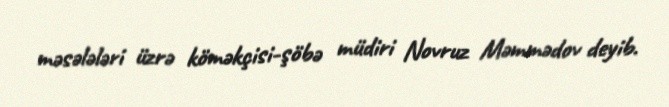
məsələləri üzrə köməkçisi-şöbə müdiri Novruz Məmmədov deyib.